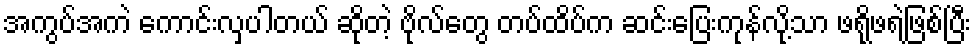
အကွပ်အကဲ ကောင်းလှပါတယ် ဆိုတဲ့ ဗိုလ်တွေ တပ်ထိပ်က ဆင်းပြေးကုန်လို့သာ ဖရိုဖရဲဖြစ်ပြီး